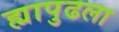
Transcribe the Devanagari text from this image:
ह्यापुढला